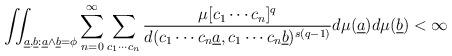
LaTeX: \begin{align*}\iint_{\underline a, \underline b : \underline a \wedge \underline b = \phi} \sum_{n=0}^{\infty}\sum_{c_1\cdots c_n} \frac{\mu[c_1\cdots c_n]^q}{d( c_1\cdots c_n\underline a, c_1\cdots c_n\underline b)^{s(q-1)}}d\mu(\underline a)d\mu(\underline b)<\infty\end{align*}